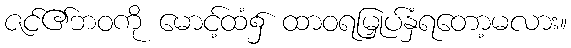
ဇင်၏ဘဝကို မောင့်ထံ၌ ထာဝရမြှုပ်နှံရတော့မလား။